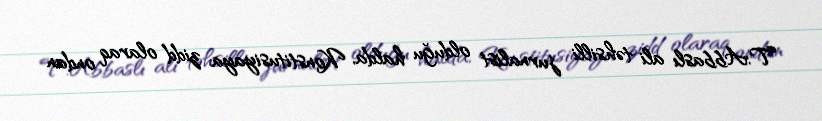
T.Abbaslı ali təhsilli jurnalist olduğu halda, Konstitusiyaya zidd olaraq ondan